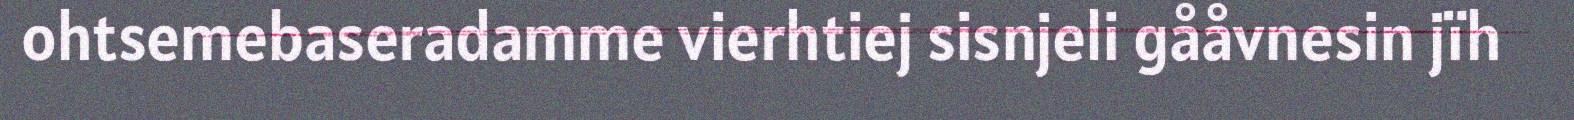
ohtsemebaseradamme vierhtiej sisnjeli gååvnesin jïh